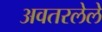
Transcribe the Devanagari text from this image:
अवतरलेले